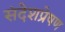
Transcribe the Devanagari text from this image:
संदेशप्रेषण